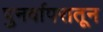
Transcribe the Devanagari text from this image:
पुनर्वापरातून